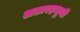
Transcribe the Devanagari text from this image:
अठारहभुजी